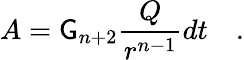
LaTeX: A=\mathsf{G}_{n+2}\frac{{Q}}{{r^{n-1}}}dt\quad.